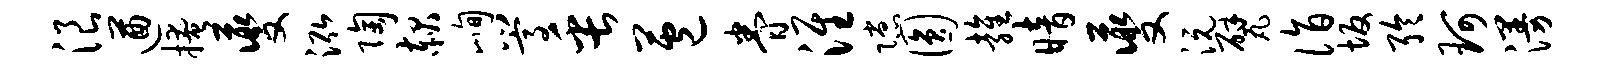
浪遒掩夔泓陶赧峋嵩缶苞眷淮隙圆雍暗夔沅甓诣坂聆珂漫